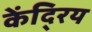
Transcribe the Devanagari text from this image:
केंदि्रय